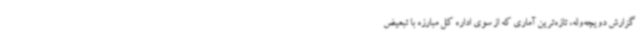
گزارش دویچه‌وله، تازه‌ترین آماری که از سوی اداره کل مبارزه با تبعیض